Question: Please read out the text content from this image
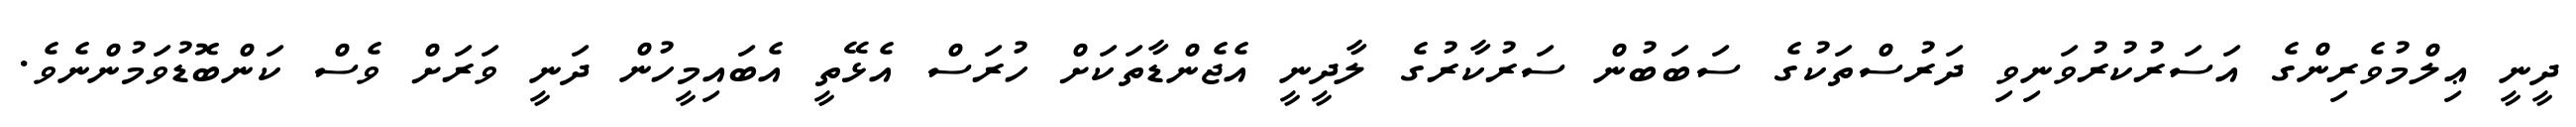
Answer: ދީނީ ޢިލްމުވެރިންގެ އަސަރުކުރުވަނިވި ދަރުސްތަކުގެ ސަބަބުން ސަރުކާރުގެ ލާދީނީ އެޖެންޑާތަކަށް ހުރަސް އެޅޭތީ އެބައިމީހުން ދަނީ ވަރަށް ވެސް ކަންބޮޑުވަމުންނެވެ.